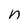
Character: n